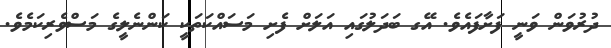
ދުރުވަން ވަނީ ފަށާފައެވެ. އޭގ ބަދަލުގައި އަލަށް ފެށި މަސައްކަތަކީ ކަންނެލީގެ މަސްވެރިކަމެވެ.